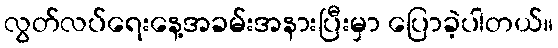
လွတ်လပ်ရေးနေ့အခမ်းအနားပြီးမှာ ပြောခဲ့ပါတယ်။